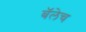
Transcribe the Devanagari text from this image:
बॅलेच